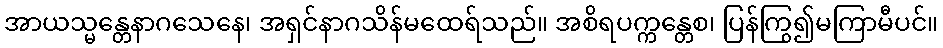
အာယသ္မန္တေနာဂသေနေ၊ အရှင်နာဂသိန်မထေရ်သည်။ အစိရပက္ကန္တေစ၊ ပြန်ကြွ၍မကြာမီပင်။